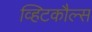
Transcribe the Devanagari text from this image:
व्हिटकौल्स